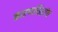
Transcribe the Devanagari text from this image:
कारणसिद्धांत